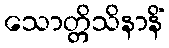
သောတ္တိသိနာနိံ